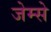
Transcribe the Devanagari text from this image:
जेम्से